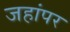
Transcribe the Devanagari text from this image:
जहांपर